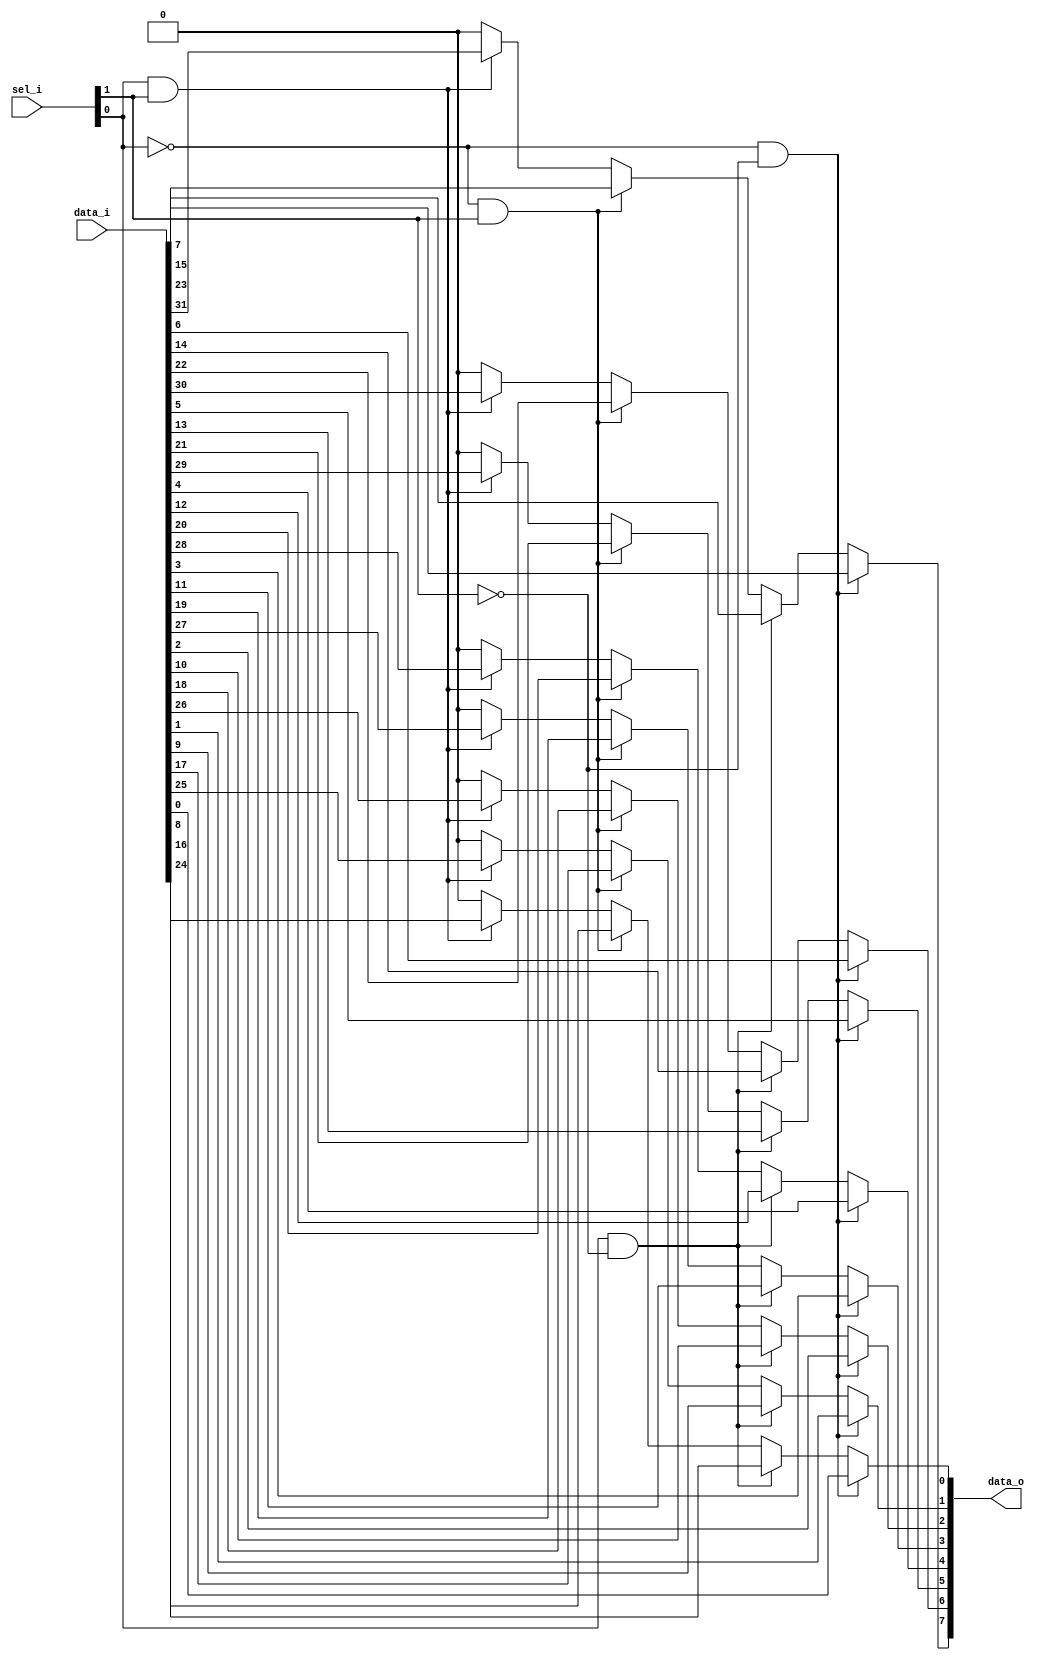
// This program was cloned from: https://github.com/NYU-MLDA/OpenABC
// License: BSD 3-Clause "New" or "Revised" License

module bsg_mux_width_p8_els_p4
(
  data_i,
  sel_i,
  data_o
);

  input [31:0] data_i;
  input [1:0] sel_i;
  output [7:0] data_o;
  wire [7:0] data_o;
  wire N0,N1,N2,N3,N4,N5;
  assign data_o[7] = (N2)? data_i[7] : 
                     (N4)? data_i[15] : 
                     (N3)? data_i[23] : 
                     (N5)? data_i[31] : 1'b0;
  assign data_o[6] = (N2)? data_i[6] : 
                     (N4)? data_i[14] : 
                     (N3)? data_i[22] : 
                     (N5)? data_i[30] : 1'b0;
  assign data_o[5] = (N2)? data_i[5] : 
                     (N4)? data_i[13] : 
                     (N3)? data_i[21] : 
                     (N5)? data_i[29] : 1'b0;
  assign data_o[4] = (N2)? data_i[4] : 
                     (N4)? data_i[12] : 
                     (N3)? data_i[20] : 
                     (N5)? data_i[28] : 1'b0;
  assign data_o[3] = (N2)? data_i[3] : 
                     (N4)? data_i[11] : 
                     (N3)? data_i[19] : 
                     (N5)? data_i[27] : 1'b0;
  assign data_o[2] = (N2)? data_i[2] : 
                     (N4)? data_i[10] : 
                     (N3)? data_i[18] : 
                     (N5)? data_i[26] : 1'b0;
  assign data_o[1] = (N2)? data_i[1] : 
                     (N4)? data_i[9] : 
                     (N3)? data_i[17] : 
                     (N5)? data_i[25] : 1'b0;
  assign data_o[0] = (N2)? data_i[0] : 
                     (N4)? data_i[8] : 
                     (N3)? data_i[16] : 
                     (N5)? data_i[24] : 1'b0;
  assign N0 = ~sel_i[0];
  assign N1 = ~sel_i[1];
  assign N2 = N0 & N1;
  assign N3 = N0 & sel_i[1];
  assign N4 = sel_i[0] & N1;
  assign N5 = sel_i[0] & sel_i[1];

endmodule